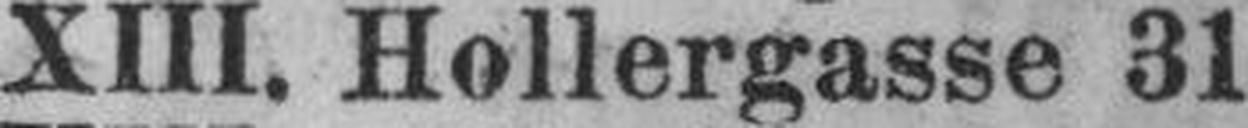
XIII. Hollergasse 31